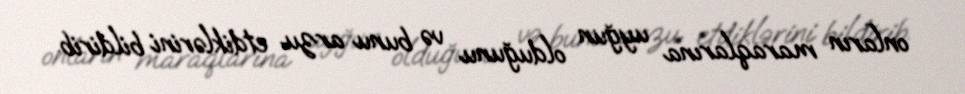
onların maraqlarına uyğun olduğunu və bunu arzu etdiklərini bildirib.